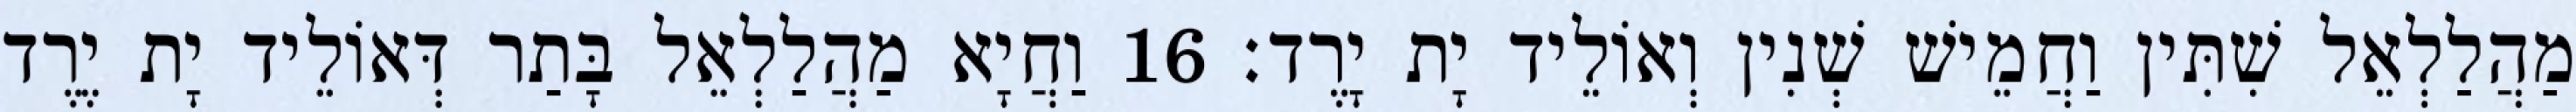
מַהֲלַלְאֵל שִׁתִּין וַחֲמֵישׁ שְׁנִין וְאוֹלֵיד יָת יָרֶד׃ 16 וַחֲיָא מַהֲלַלְאֵל בָּתַר דְּאוֹלֵיד יָת יֶרֶד